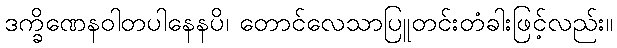
ဒက္ခိဏေနဝါတပါနေနပိ၊ တောင်လေသာပြူတင်းတံခါးဖြင့်လည်း။